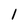
Character: 1